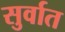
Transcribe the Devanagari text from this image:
सुर्वात